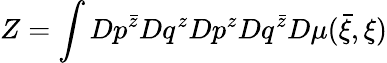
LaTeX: Z=\int Dp^{\bar{z}}Dq^{z}Dp^{z}Dq^{\bar{z}}D\mu({\bar{\xi}},\xi)